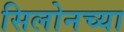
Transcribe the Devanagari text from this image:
सिलोनच्या